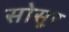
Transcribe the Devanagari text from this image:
सोसूर